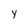
Character: y